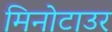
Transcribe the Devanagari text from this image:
मिनोटाउर